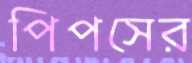
পিপসের